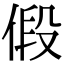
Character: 𪝒